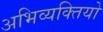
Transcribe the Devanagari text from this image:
अभिव्यक्तियो